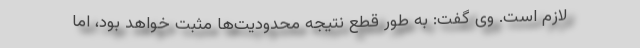
لازم است. وی گفت: به طور قطع نتیجه محدودیت‌ها مثبت خواهد بود، اما